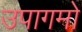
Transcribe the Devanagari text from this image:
उपागमो